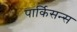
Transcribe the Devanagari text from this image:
पार्किसन्स